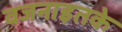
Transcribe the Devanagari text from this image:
वजनाइतके